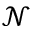
\mathcal { N }